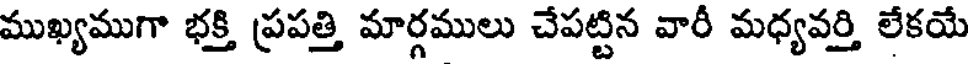
ముఖ్యముగా భక్తి ప్రపత్తి మార్గములు చేపట్టిన వారీ మధ్యవర్తి లేకయే